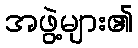
အဖွဲ့များ၏